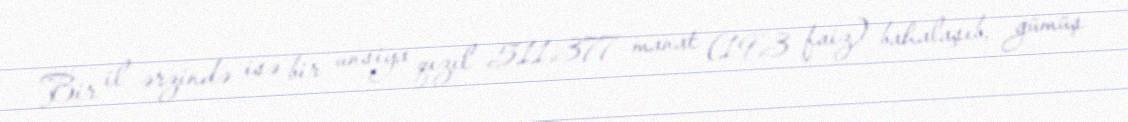
Bir il ərzində isə bir unsiya qızıl 511,377 manat (19,3 faiz) bahalaşıb, gümüş